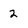
Character: 2